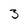
Character: 3